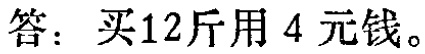
答：买12斤用4元钱。